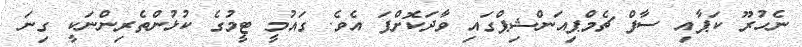
ނެހުރޫ ކަޕާއި ސާފް ޗެމްޕިއަންޝިޕްގައި ވާދަކޮށްފަ އެވެ. ގައުމީ ޓީމުގެ ކުޅުންތެރިންނަކީ ގިނަ